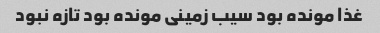
غذا مونده بود سیب زمینی مونده بود تازه نبود